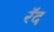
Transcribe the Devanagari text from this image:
रॅद